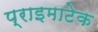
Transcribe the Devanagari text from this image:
प्राइमाटेक